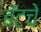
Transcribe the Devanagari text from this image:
बॅटचे